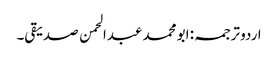
اردو ترجمہ: ابو محمد عبدالحمن صدیقی۔